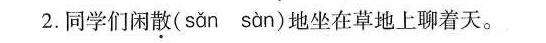
2. 同学们闲散( san san )地坐在草地上聊着天。